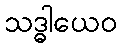
သဒ္ဓါယေဝ